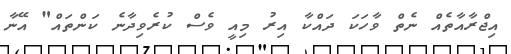
އިޖްރާއާތެއް ނެތް ވާހަކަ ދައްކާ އިރު މިއީ ވެސް ކުރެވިދާނެ ކަންތައް" އޭނާ